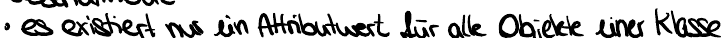
es existiert nur ein Attributwert für alle Objekte einer Klasse